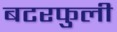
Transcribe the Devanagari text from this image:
बटरफुली